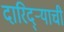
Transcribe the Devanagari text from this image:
दारिद्‌र्‍याची